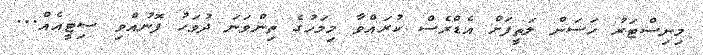
މިނިސްޓަރު ހަސަން ލަތީފަށް އެޑްރެސް ކުރައްވާ މިމަހުގެ ތިންވަަނަ ދުވަހު ފޮނުއްވި ސިޓީއެއް...